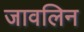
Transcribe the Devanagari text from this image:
जावलिन